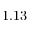
1 . 1 3